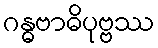
ဂန္ဓဗာဓိပုဗ္ဗဿ